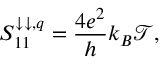
S _ { 1 1 } ^ { \downarrow \downarrow , q } = \frac { 4 e ^ { 2 } } { h } k _ { B } \mathcal { T } ,